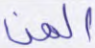
المن